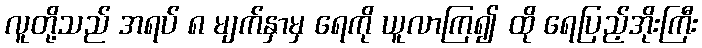
လူတို့သည် အရပ် ၈ မျက်နှာမှ ရေကို ယူလာကြ၍ ထို ရေပြည့်အိုးကြီး